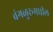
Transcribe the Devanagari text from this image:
बंगळुरूमधील